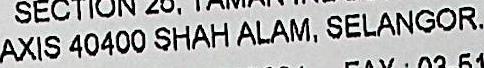
AXIS 40400 SHAH ALAM, SELANGOR